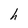
Character: h